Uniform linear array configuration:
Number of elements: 24
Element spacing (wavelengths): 1
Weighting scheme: binomial
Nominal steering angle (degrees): -15
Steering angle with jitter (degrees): -13.032
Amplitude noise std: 0.05
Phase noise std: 0.05

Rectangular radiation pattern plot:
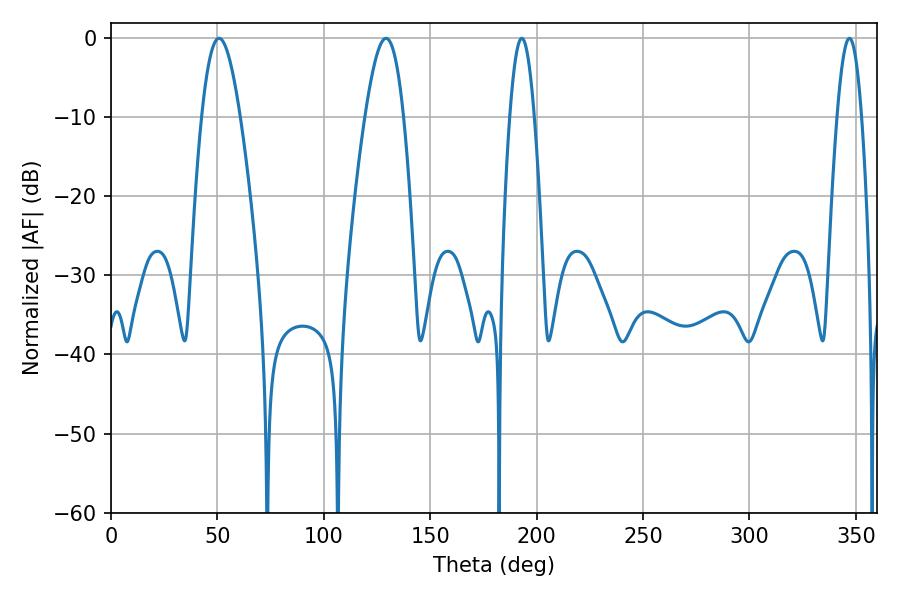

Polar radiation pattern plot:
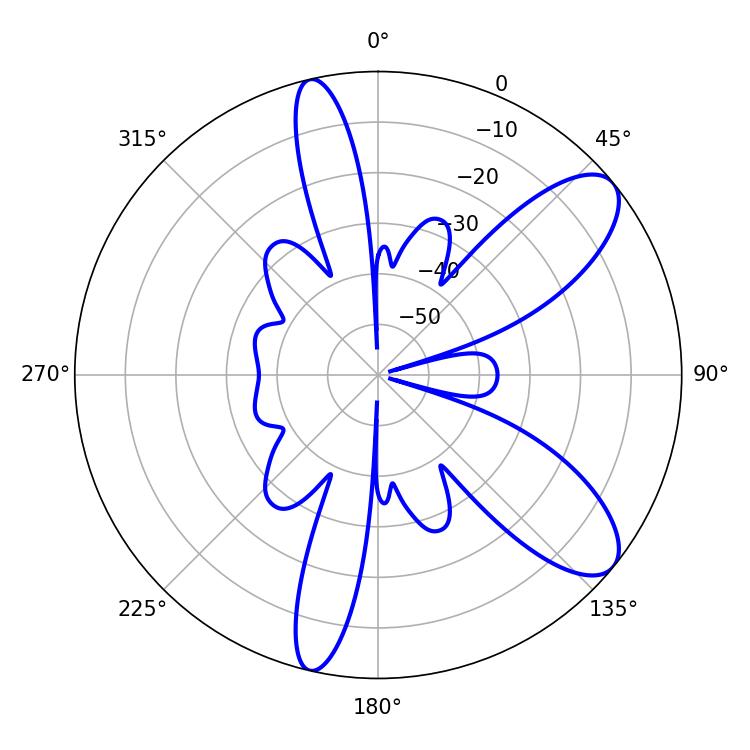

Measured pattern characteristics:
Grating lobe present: TRUE
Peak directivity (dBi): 9.31
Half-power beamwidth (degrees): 9.9
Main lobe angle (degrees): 50.76